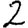
Digit: 2